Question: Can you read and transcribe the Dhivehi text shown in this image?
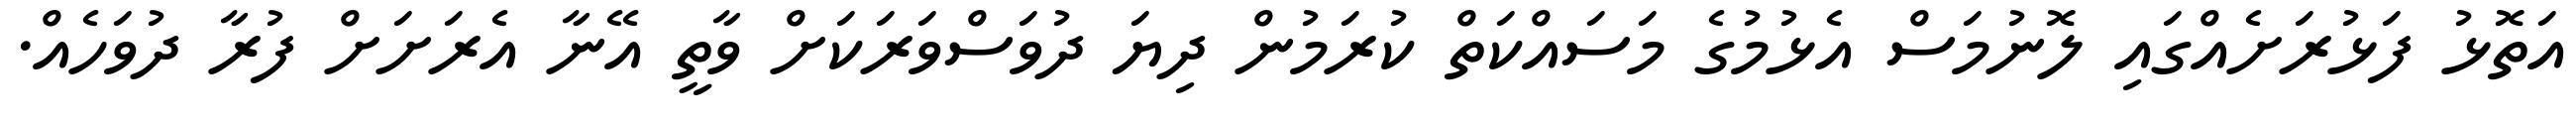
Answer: އަތޮޅު ފަޅުރަށެއްގައި ލޮނުމަސް އެޅުމުގެ މަސައްކަތް ކުރަމުން ދިޔަ ދުވަސްވަރަކަށް ވާތީ އޭނާ އެރަށަށް ފުރާ ދުވަހެއް.